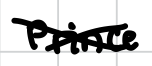
Text: Prince
Cross-out: cross
Writing tool: digital_black